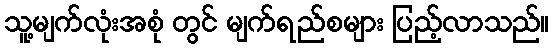
သူ့မျက်လုံးအစုံ တွင် မျက်ရည်စများ ပြည့်လာသည်။